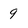
Character: 9